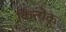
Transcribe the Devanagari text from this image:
कित्त्येक